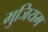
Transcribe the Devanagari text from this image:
मुजियम